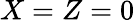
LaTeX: X=Z=0